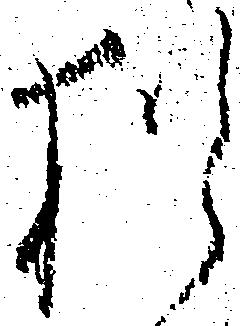
猶